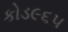
કોડ૯૬૫